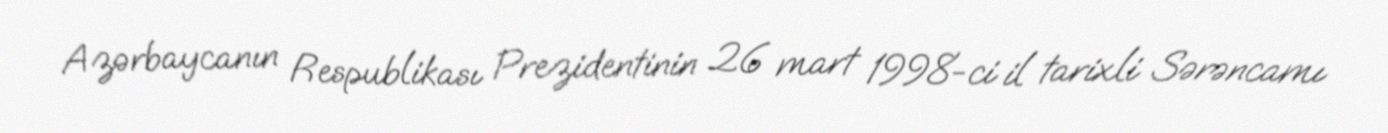
Azərbaycanın Respublikası Prezidentinin 26 mart 1998-ci il tarixli Sərəncamı